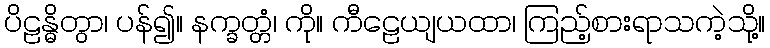
ပိဠန္ဓိတွာ၊ ပန်၍။ နက္ခတ္တံ၊ ကို။ ကီဠေယျယထာ၊ ကြည့်စားရာသကဲ့သို့။